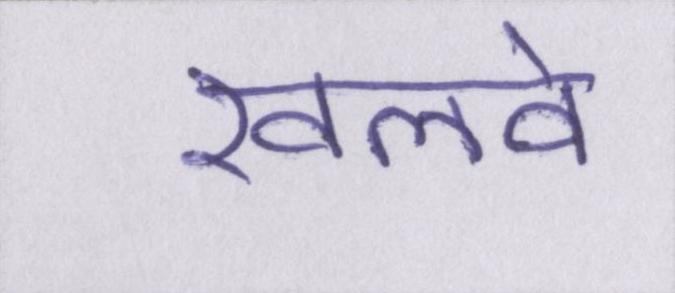
खलवे